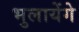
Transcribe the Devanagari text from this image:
भुलायेंगे